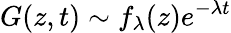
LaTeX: G(z,t)\sim f_{\lambda}(z)e^{-\lambda t}